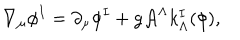
\nabla _ { \mu } \phi ^ { I } = \partial _ { \mu } \phi ^ { I } + g { \cal A } ^ { \Lambda } k _ { \Lambda } ^ { I } ( \phi ) ,